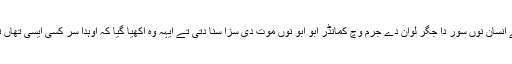
دوجے فیصلے وچ اوہناں اشرف المخلوقات دی توہین تے انسان نوں سور دا جگر لوان دے جرم وچ کمانڈر ابو ابو نوں موت دی سزا سنا دتی تے ایہہ وہ آکھیا گیا کہ اوہدا سر کسی ایسی تھاں تے کپیاں جاوے جتھے ایماندار دے قدم نہ پیندے ہووں ۔